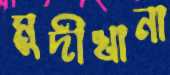
মুদীখানা